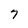
Character: 7